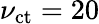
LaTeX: \nu_{\mathrm{ct}}=20